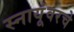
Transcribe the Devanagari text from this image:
स्नायूंवरचे